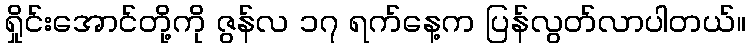
ရှိုင်းအောင်တို့ကို ဇွန်လ ၁၇ ရက်နေ့က ပြန်လွတ်လာပါတယ်။